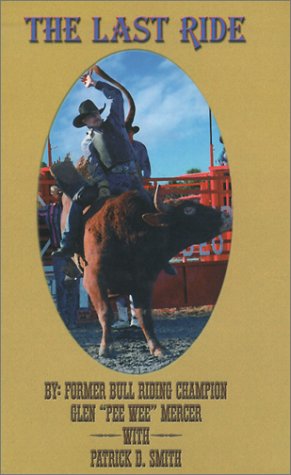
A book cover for The Last Ride; Glen 'Pee Wee' Mercer; Sports & Outdoors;